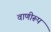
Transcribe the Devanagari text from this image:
वाणीरूप